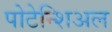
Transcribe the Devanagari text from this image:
पोटेन्शिअल